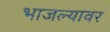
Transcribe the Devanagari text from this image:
भाजल्यावर